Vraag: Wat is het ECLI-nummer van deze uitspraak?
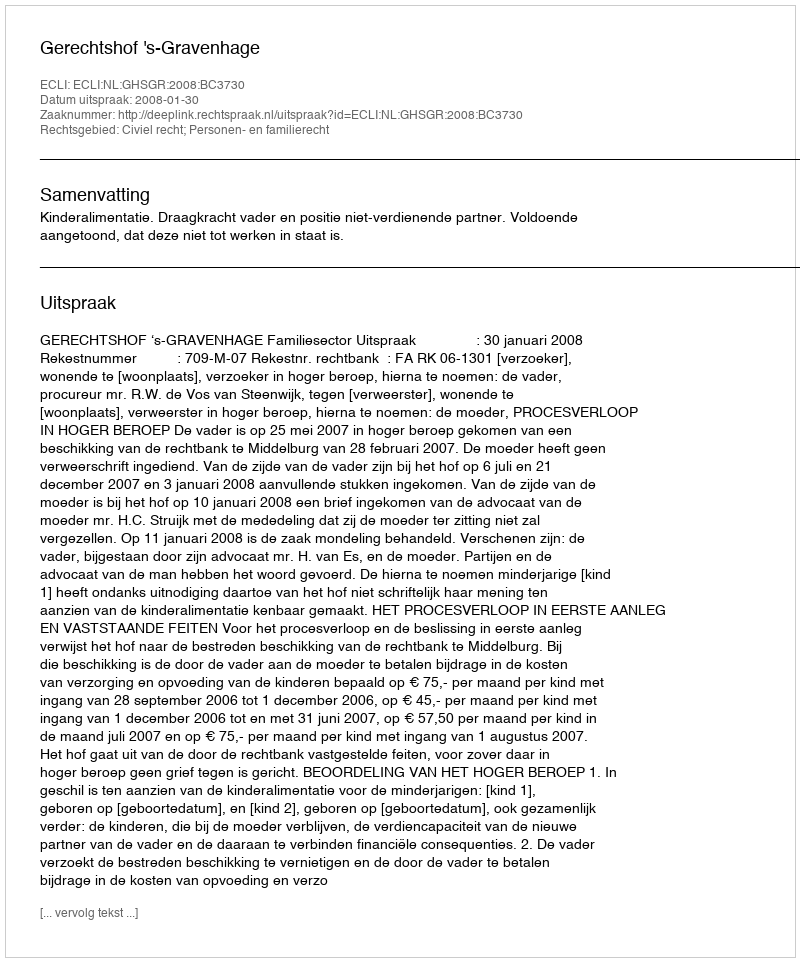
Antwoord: ECLI:NL:GHSGR:2008:BC3730